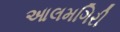
આલમગિરી